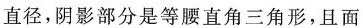
直径，阴影部分是等腰直角三角形，且面